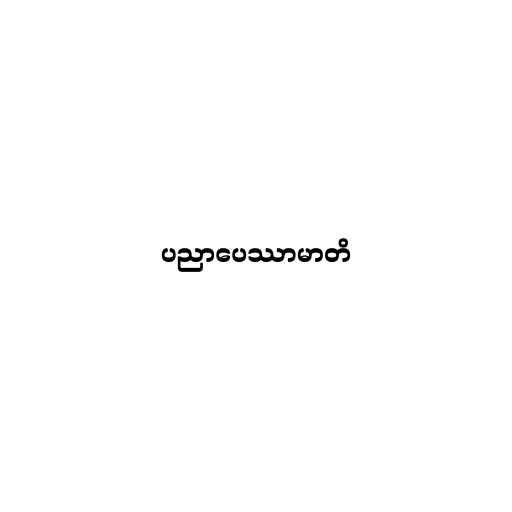
ပညာပေဿာမာတိ